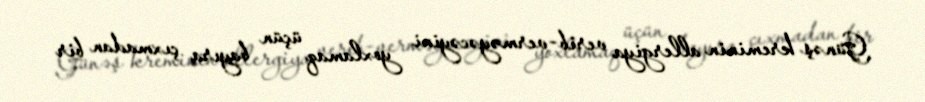
Günəş kreminin allergiya verib-verməyəcəyini yoxlamaq üçün bayıra çıxmadan bir